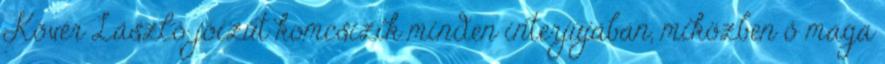
Kövér László jóízűt komcsizik minden interjújában, miközben ő maga